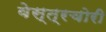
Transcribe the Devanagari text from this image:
वेस्त्रचोरी